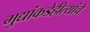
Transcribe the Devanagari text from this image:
मुद्यांकडेहीत्यांचे